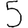
Digit: 5